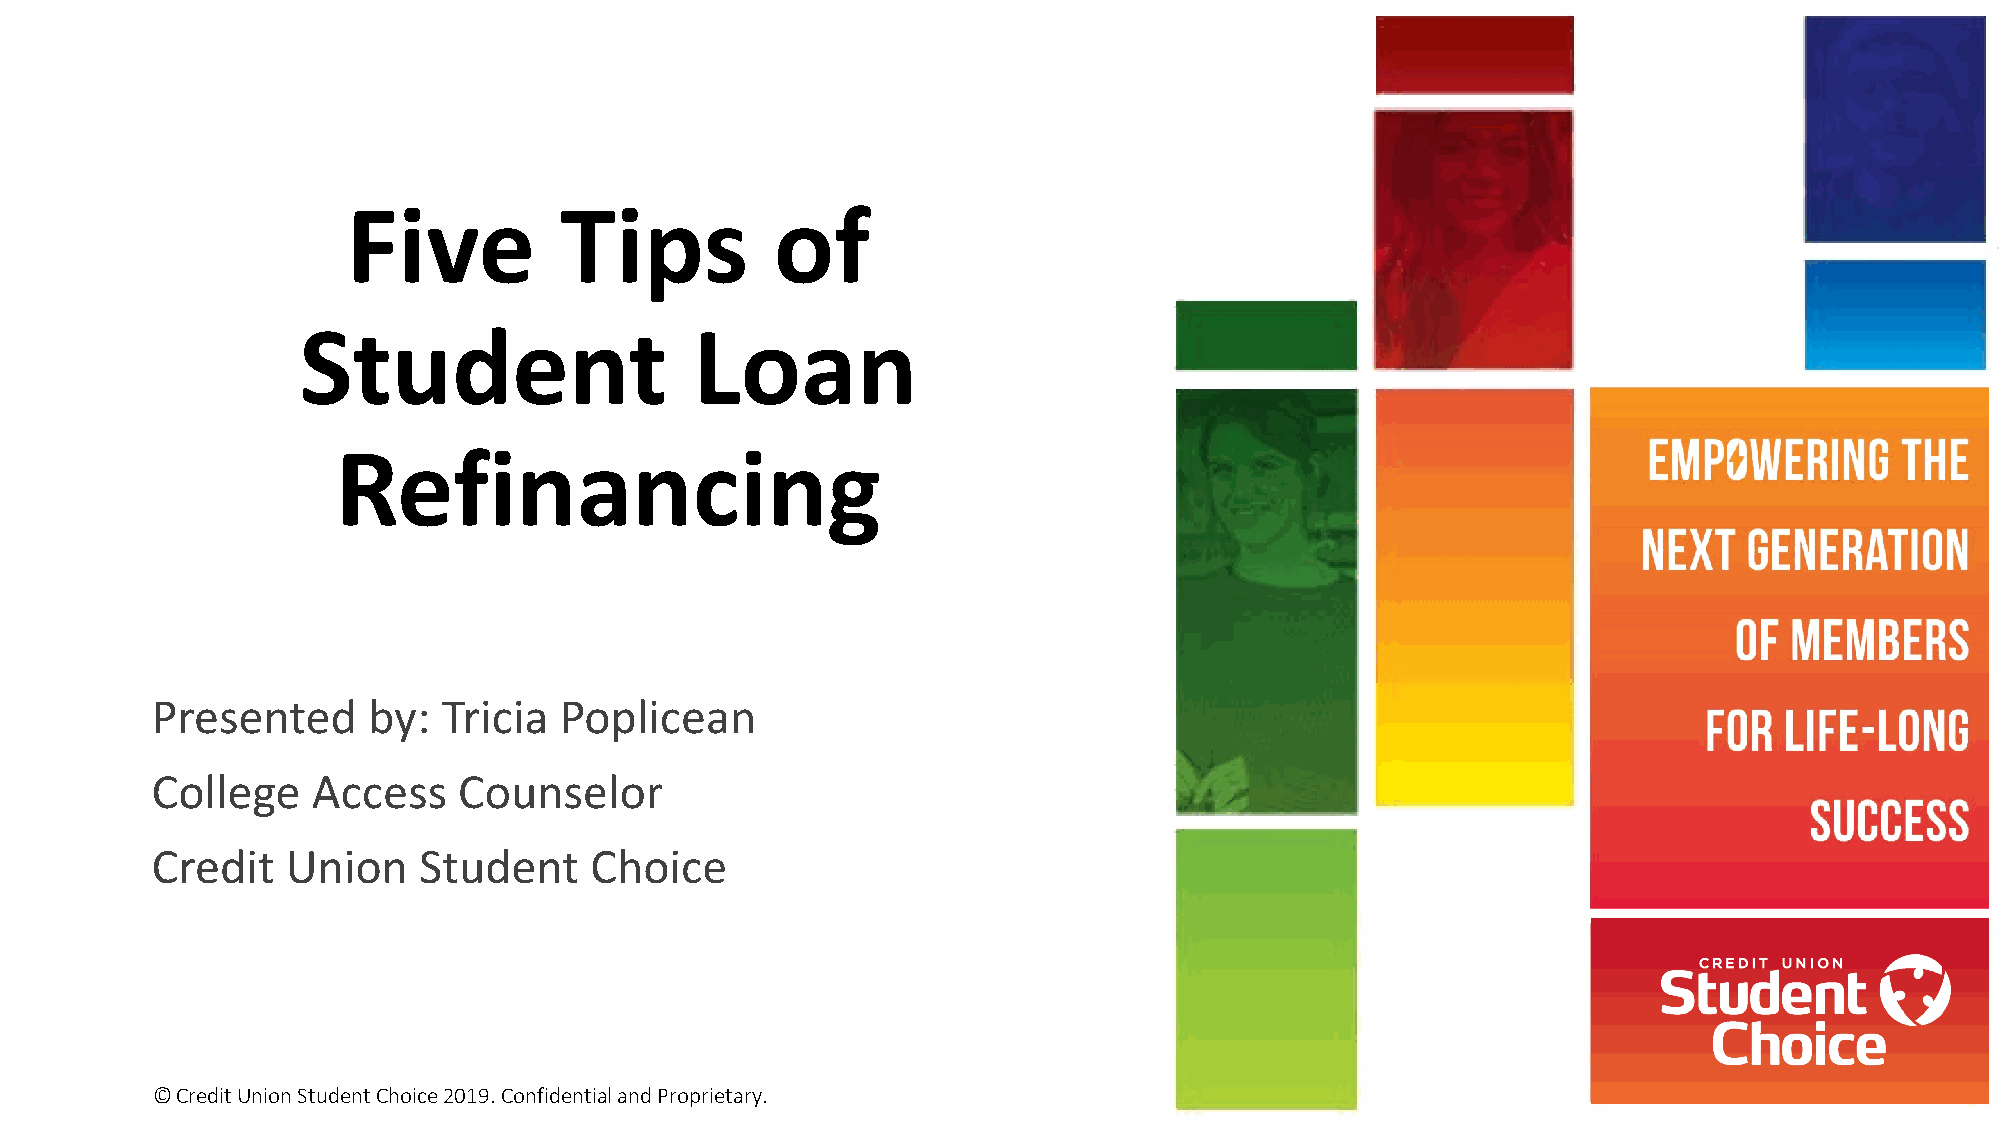
Five          Tips          of
 Student                   Loan
 Refinancing
 Presented     by:  Tricia  Poplicean
 College    Access   Counselor
 Credit   Union    Student    Choice
 © Credit Union Student Choice 2019. Confidential and Proprietary.